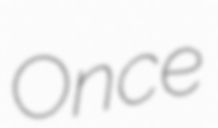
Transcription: Once